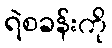
ရဲစခန်းကို